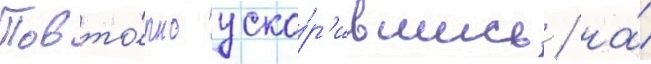
Повто́рно уско́р'ившись / на́